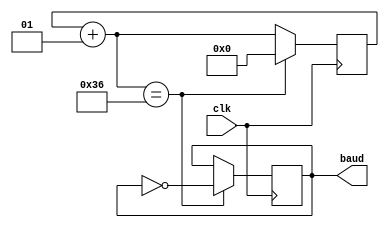
`timescale 1ns / 1ps
//////////////////////////////////////////////////////////////////////////////////
// Company: 
// Engineer: 
// 
// Design Name: 
// Module Name: baudrate_gen
// Project Name: 
// Target Devices: 
// Tool Versions: 
// Description: 
// 
// Dependencies: 
// 
// Revision:
// Revision 0.01 - File Created
// Additional Comments:
// 
//////////////////////////////////////////////////////////////////////////////////


module baudrate_gen(
    input clk,
    output reg baud
    );
    
    integer counter;
    always @(posedge clk) begin
        counter = counter + 1;
        if (counter == 54) begin counter = 0; baud = ~baud; end 
    end
    
endmodule